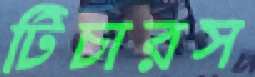
টিচারস